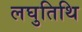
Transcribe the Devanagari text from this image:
लघुतिथि